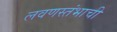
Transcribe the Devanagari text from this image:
लवणस्तंभाची